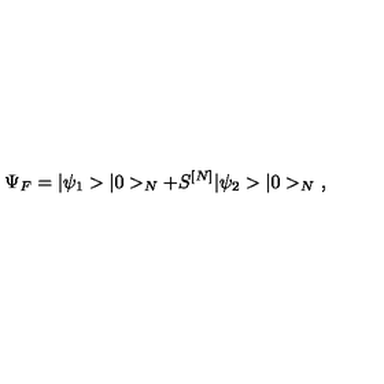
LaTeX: \Psi _ { F } = \vert \psi _ { 1 } > \vert 0 > _ { N } + S ^ { [ N ] } \vert \psi _ { 2 } > \vert 0 > _ { N } \ ,